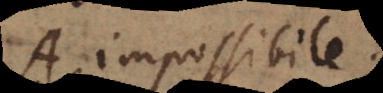
A impossibile,